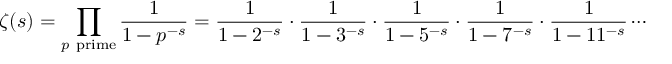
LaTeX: \zeta ( s ) = \prod _ { p { \mathrm { ~ p r i m e } } } { \frac { 1 } { 1 - p ^ { - s } } } = { \frac { 1 } { 1 - 2 ^ { - s } } } \cdot { \frac { 1 } { 1 - 3 ^ { - s } } } \cdot { \frac { 1 } { 1 - 5 ^ { - s } } } \cdot { \frac { 1 } { 1 - 7 ^ { - s } } } \cdot { \frac { 1 } { 1 - 1 1 ^ { - s } } } \cdots